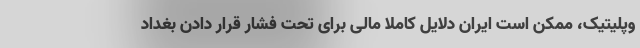
وپلیتیک، ممکن است ایران دلایل کاملا مالی برای تحت فشار قرار دادن بغداد